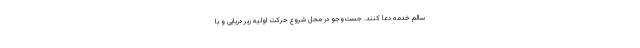
سالم خدمه دعا کنند. جست‌و‌جو در محل شروع حرکت اولیه زیر دریایی و با